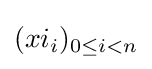
(xi_{i})_{0\leq i<n}